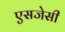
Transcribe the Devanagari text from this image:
एसजेसी